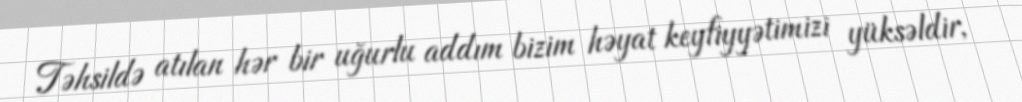
Təhsildə atılan hər bir uğurlu addım bizim həyat keyfiyyətimizi yüksəldir,